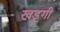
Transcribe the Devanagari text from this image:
खड्गी